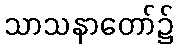
သာသနာတော်၌